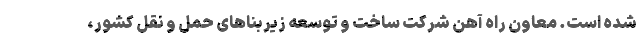
شده است. معاون راه آهن شرکت ساخت و توسعه زیربناهای حمل و نقل کشور،